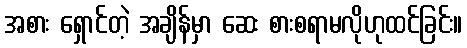
အစား ရှောင်တဲ့ အချိန်မှာ ဆေး စားစရာမလိုဟုထင်ခြင်း။